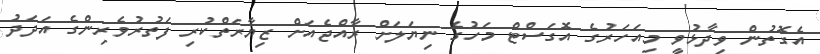
އެގޮތުން ވިދާޅުވީ މިއަހަރުގެ އޮގަސްޓް މަހުގެ ނިޔަލަށް ރާއްޖެއަށް ޒިޔާރަތްކުރި ފަތުރުވެރިންގެ އަދަދު